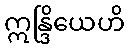
ဣန္ဒြိယေဟိ